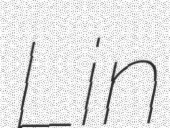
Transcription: Lin